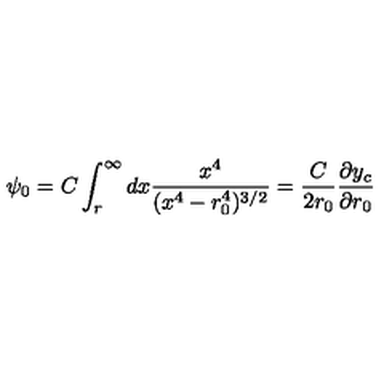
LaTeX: \psi _ { 0 } = C \int _ { r } ^ { \infty } d x \frac { x ^ { 4 } } { ( x ^ { 4 } - r _ { 0 } ^ { 4 } ) ^ { 3 / 2 } } = \frac { C } { 2 r _ { 0 } } \frac { \partial y _ { c } } { \partial r _ { 0 } }